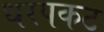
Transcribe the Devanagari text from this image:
धरपकट